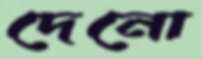
দেনো